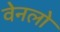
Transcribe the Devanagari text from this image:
वेनलो